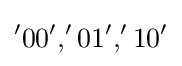
'00','01','10'